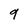
Character: q